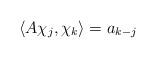
LaTeX: \begin{align*}\langle A\chi_j,\chi_k\rangle=a_{k-j}\end{align*}